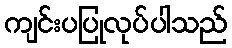
ကျင်းပပြုလုပ်ပါသည်